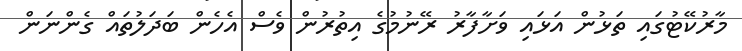
މާރުކޭޓުގައި ތަޅުން އަޅައި ވަށާފާރު ރޭނުމުގެ އިތުރުން ވެސް އެހެން ބަދަލުތައް ގެންނަން